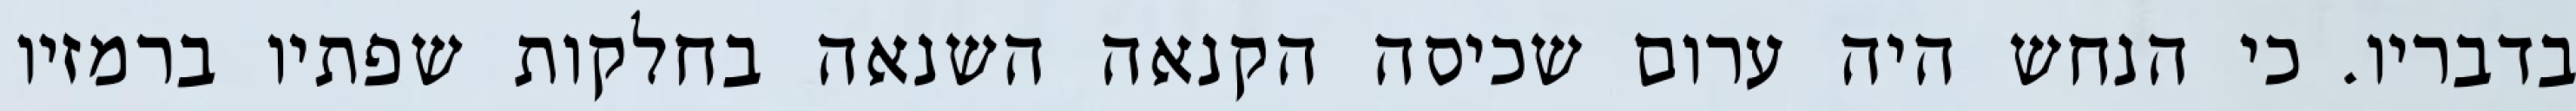
בדבריו. כי הנחש היה ערום שכיסה הקנאה השנאה בחלקות שפתיו ברמזיו